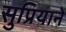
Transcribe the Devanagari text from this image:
सुप्रियाने